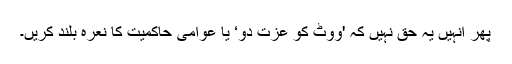
پھر انہیں یہ حق نہیں کہ 'ووٹ کو عزت دو‘ یا عوامی حاکمیت کا نعرہ بلند کریں۔